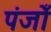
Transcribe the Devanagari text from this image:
पंजोँ